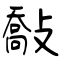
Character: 敽